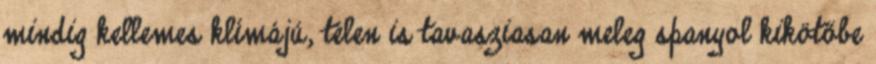
mindig kellemes klímájú, télen is tavasziasan meleg spanyol kikötőbe